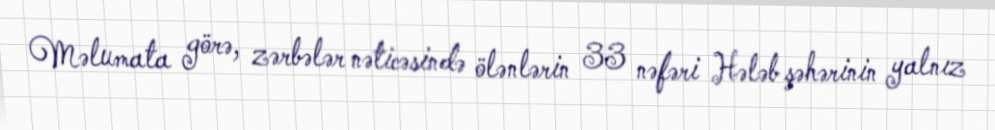
Məlumata görə, zərbələr nəticəsində ölənlərin 33 nəfəri Hələb şəhərinin yalnız